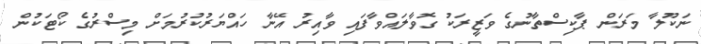
ނަކޫލާ މަރަން ޕާކިސްތާނުގެ ވަޒީރަކު ގޮވާލައްވާފައި ވާއިރު އޭނާ ހައްޔަރުކުރުމަށް މިސްރުގެ ކޯޓަކުން